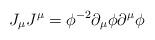
LaTeX: \begin{align*}J_{\mu}J^{\mu}=\phi^{-2}\partial_{\mu}\phi \partial^{\mu}\phi\end{align*}